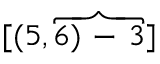
[ ( 5 , \overbrace { 6 ) \mathrm { ~ - ~ } 3 } ]